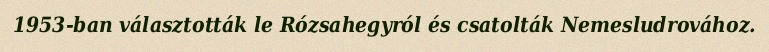
1953-ban választották le Rózsahegyról és csatolták Nemesludrovához.